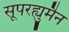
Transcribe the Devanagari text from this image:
सूपरह्युमैन